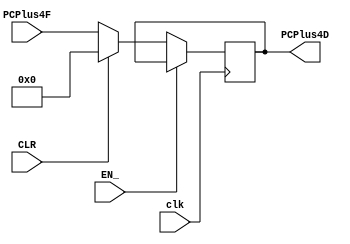
`timescale 1ns / 1ps

module Buffer2 #(parameter WIDTH=32)
   (
    input [WIDTH-1:0] 	       PCPlus4F,
    input 			       EN_,
    input                  clk,
    input 			       CLR, 
    output reg [WIDTH-1:0] 	       PCPlus4D
    );

   initial
     begin
	PCPlus4D=0;
     end
   
   always @(posedge clk)
	if(~EN_)
	  begin
	     if(CLR)
	     PCPlus4D<=0;
	     else
	     PCPlus4D<=PCPlus4F;
	  end
	
endmodule // Buffer2